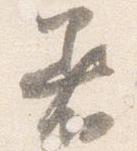
着